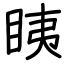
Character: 眱